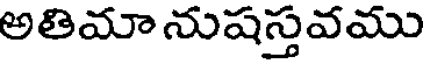
అతిమా నుషస్తవము